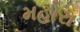
મહોરા